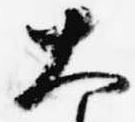
大